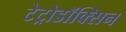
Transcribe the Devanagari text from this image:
टेट्रोडॉक्सिन